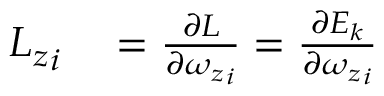
\begin{array} { r l } { { L _ { z } } _ { i } } & { { } = { \frac { \partial { \cal { L } } } { \partial { { \omega _ { z } } _ { i } } } } = { \frac { \partial E _ { k } } { \partial { { \omega _ { z } } _ { i } } } } } \end{array}